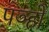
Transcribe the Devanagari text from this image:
पञ्हो